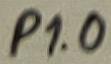
Text: P1.0